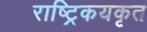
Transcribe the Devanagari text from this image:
राष्ट्रिकयकृत